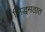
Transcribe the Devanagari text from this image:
सिद्धमठात